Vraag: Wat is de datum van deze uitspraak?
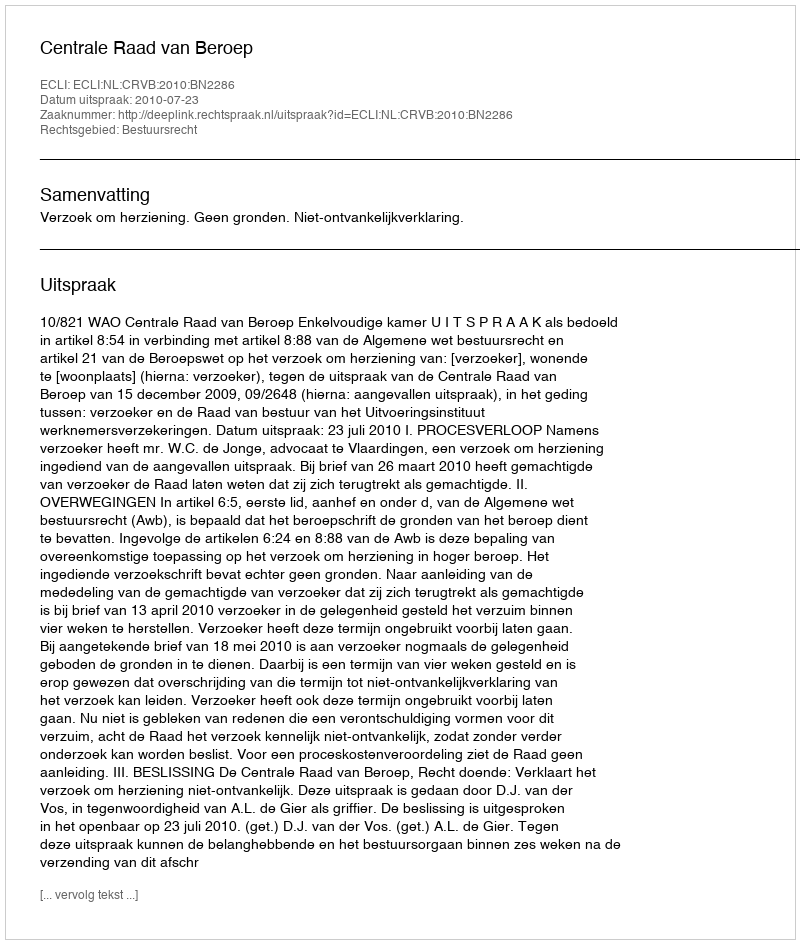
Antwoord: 2010-07-23